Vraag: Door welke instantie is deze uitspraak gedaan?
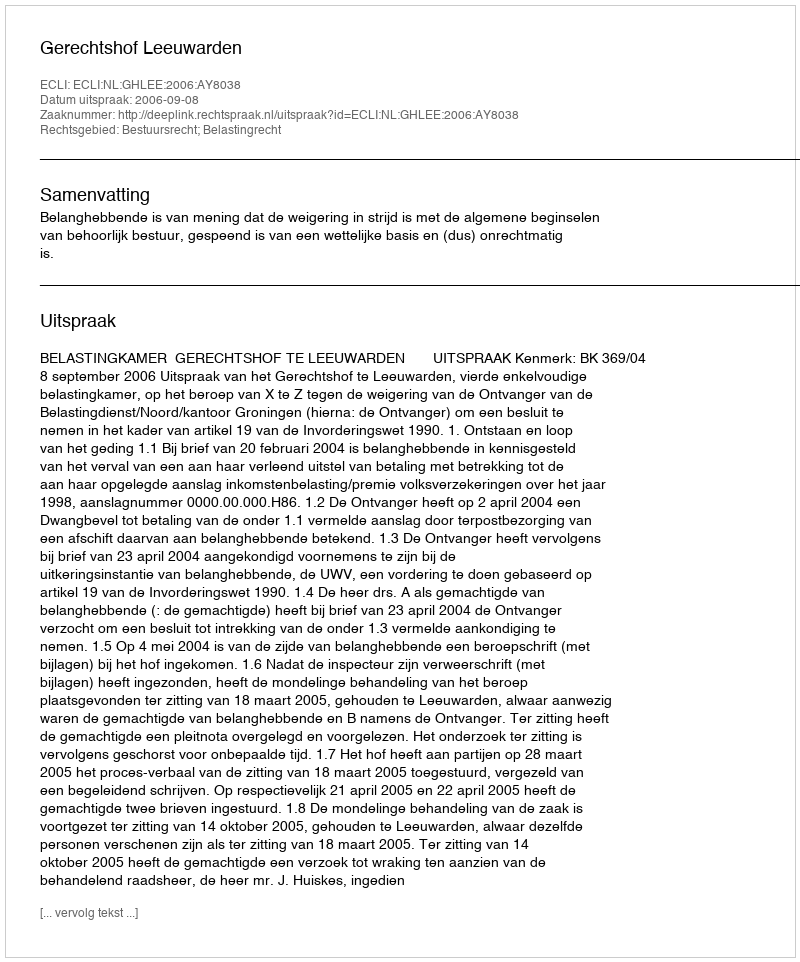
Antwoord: Gerechtshof Leeuwarden